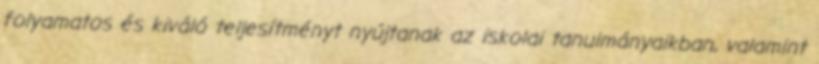
folyamatos és kiváló teljesítményt nyújtanak az iskolai tanulmányaikban, valamint